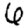
Digit: 6